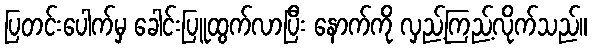
ပြတင်းပေါက်မှ ခေါင်းပြူထွက်လာပြီး နောက်ကို လှည့်ကြည့်လိုက်သည်။